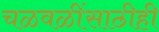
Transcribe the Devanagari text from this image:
चळवळींसाठीही